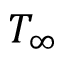
T _ { \infty }